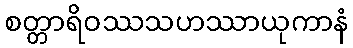
စတ္တာရိဝဿသဟဿာယုကာနံ